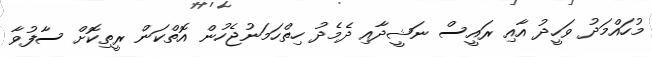
މުހައްމަދު ވަހީދު އާއި ރައީސް ނަޝީދާއި ދެމެދު ހިތްހަމަނުޖެހުން އޮތްކަން ރީތިކޮށް ސާފުވާ